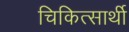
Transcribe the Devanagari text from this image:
चिकित्सार्थी